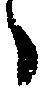
々